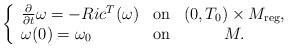
LaTeX: \begin{align*}\left\{\begin{array}[c]{lcc}\frac{\partial}{\partial t}\omega=-Ric^{T}(\omega) & \mathrm{on} &(0,T_{0})\times M_{\operatorname{reg}},\\\omega(0)=\omega_{0} & \mathrm{on} & M.\end{array}\right. \end{align*}